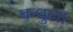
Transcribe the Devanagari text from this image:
बन्धुत्वा